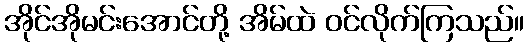
အိုင်အိုမင်းအောင်တို့ အိမ်ထဲ ဝင်လိုက်ကြသည်။